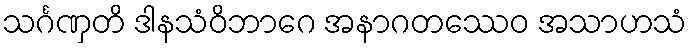
သင်္ဂဏှတိ ဒါနသံဝိဘာဂေ အနာဂတဿေဝ အသာဟသံ